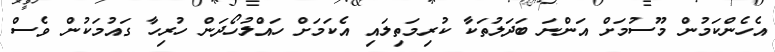
އެހެންކަމުން މޫސުމަށް އަންނަ ބަދަލުތަކާ ކުރިމަތިލައި އެކަމަށް ހައްލުހޯދަން ހުރިހާ ގައުމަކުން ވެސް